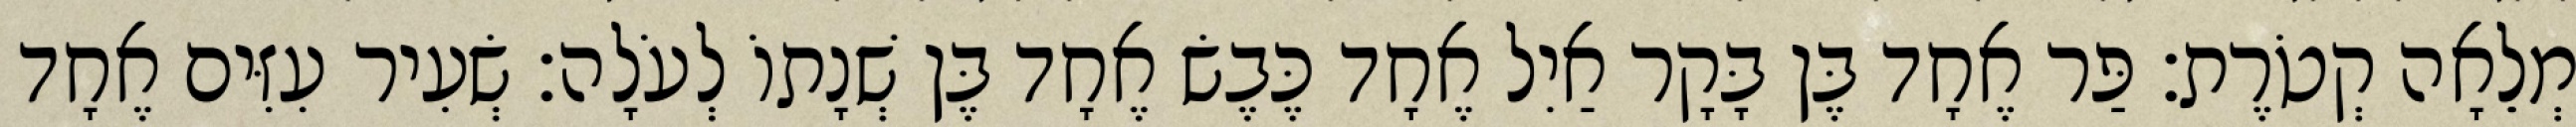
מְלֵאָה קְטֹרֶת׃ פַּר אֶחָד בֶּן בָּקָר אַיִל אֶחָד כֶּבֶשׂ אֶחָד בֶּן שְׁנָתוֹ לְעֹלָה׃ שְׂעִיר עִזִּים אֶחָד